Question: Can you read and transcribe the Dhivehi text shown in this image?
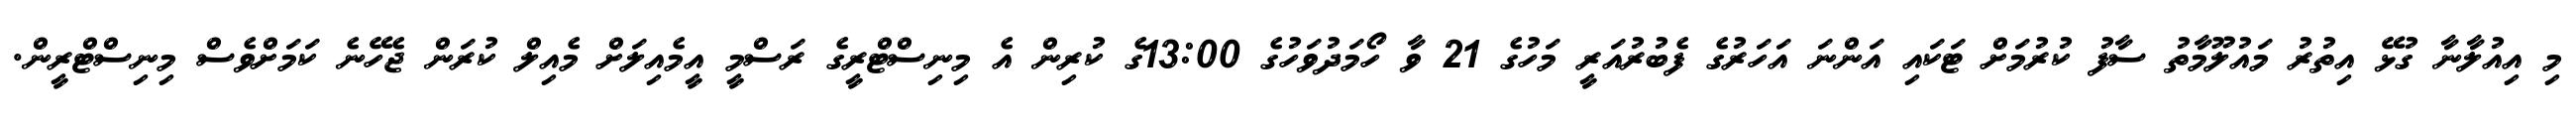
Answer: މި އިއުލާނާ ގުޅޭ އިތުރު މައުލޫމާތު ސާފު ކުރުމަށް ޓަކައި އަންނަ އަހަރުގެ ފެބުރުއަރީ މަހުގެ 21 ވާ ހޯމަދުވަހުގެ 13:00ގެ ކުރިން އެ މިނިސްޓްރީގެ ރަސްމީ އީމެއިލަށް މެއިލް ކުރަން ޖެހޭނެ ކަމަށްވެސް މިނިސްޓްރީން.